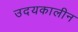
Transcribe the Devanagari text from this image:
उदयकालीन